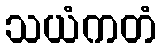
သယံကတံ